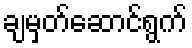
ချမှတ်ဆောင်ရွက်